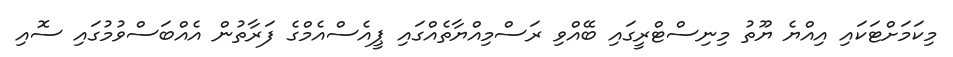
މިކަމަށްޓަކައި އިއްޔެ ޔޫތު މިނިސްޓްރީގައި ބޭއްވި ރަސްމިއްޔާތެއްގައި ޕީއެސްއެމްގެ ފަރާތުން އެއްބަސްވުމުގައި ސޮއި